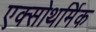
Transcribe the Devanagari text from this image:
एक्सोथर्मिक